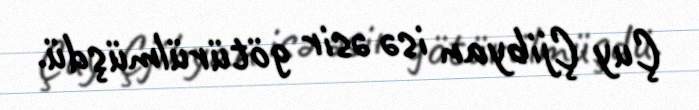
Çuy Çjibyan isə əsir götürülmüşdü.